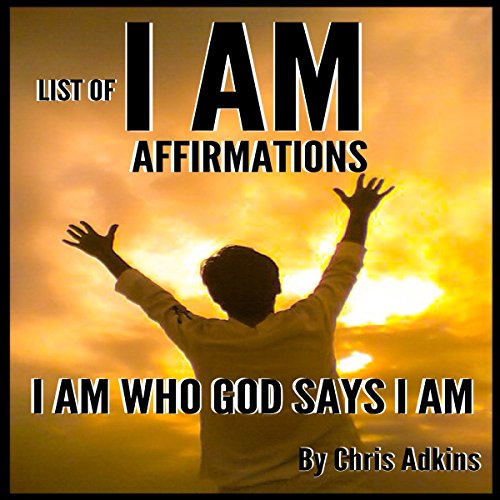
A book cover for List of I AM Affirmations; Chris Adkins; Christian Books & Bibles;